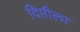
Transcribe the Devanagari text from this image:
दिप्तीला